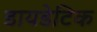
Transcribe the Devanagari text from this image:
डायडेटिक